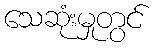
သေဆုံးမှုတွင်